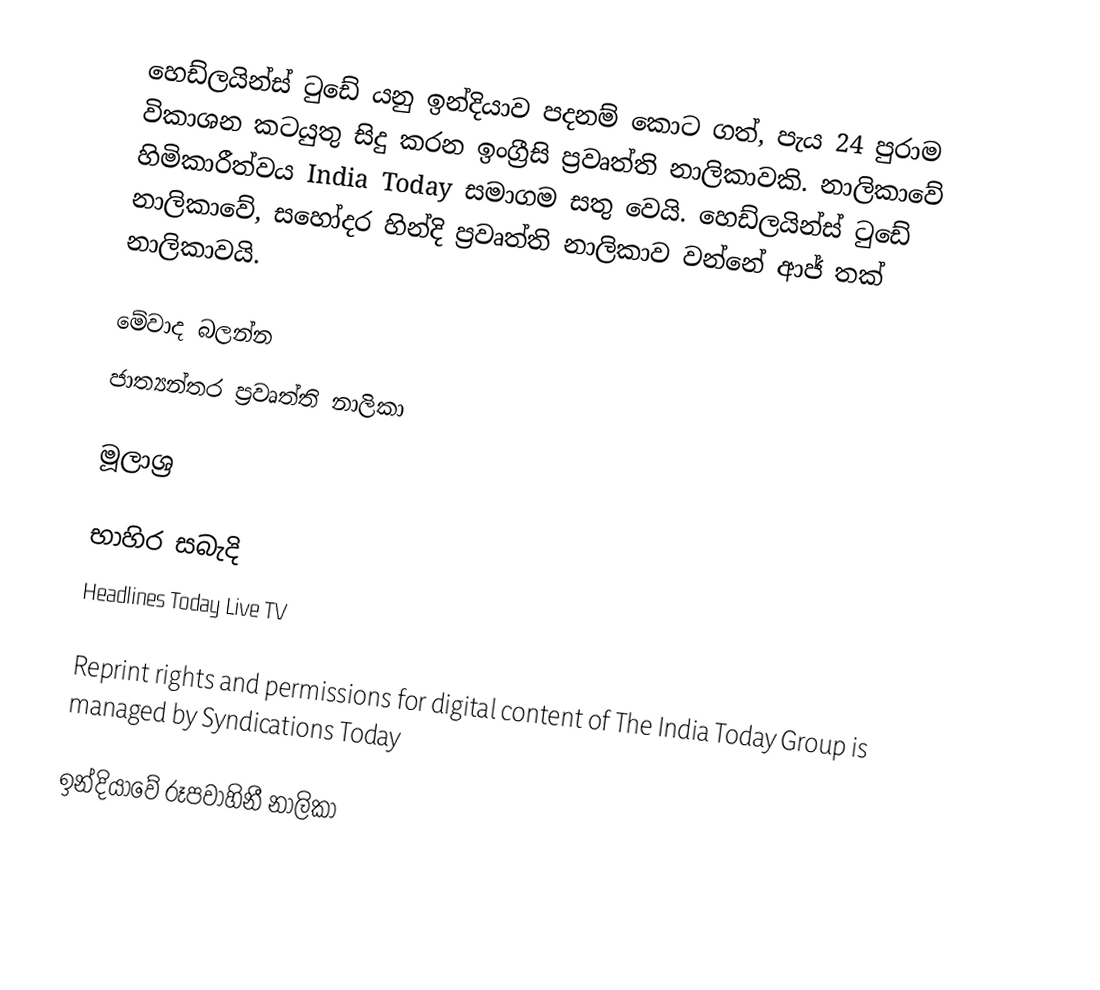
හෙඩ්ලයින්ස් ටුඩේ යනු ඉන්දියාව පදනම් කොට ගත්, පැය 24 පුරාම විකාශන කටයුතු සිදු කරන ඉංග්‍රීසි ප්‍රවෘත්ති නාලිකාවකි. නාලිකාවේ හිමිකාරීත්වය India Today සමාගම සතු වෙයි. හෙඩ්ලයින්ස් ටුඩේ නාලිකාවේ, සහෝදර හින්දි ප්‍රවෘත්ති නාලිකාව වන්නේ ආජ් තක් නාලිකාවයි.

මේවාද බලන්න
 ජාත්‍යන්තර ප්‍රවෘත්ති නාලිකා

මූලාශ්‍ර

භාහිර සබැදි
 Headlines Today Live TV

 Reprint rights and permissions for digital content of The India Today Group is managed by Syndications Today

ඉන්දියාවේ රූපවාහිනී නාලිකා